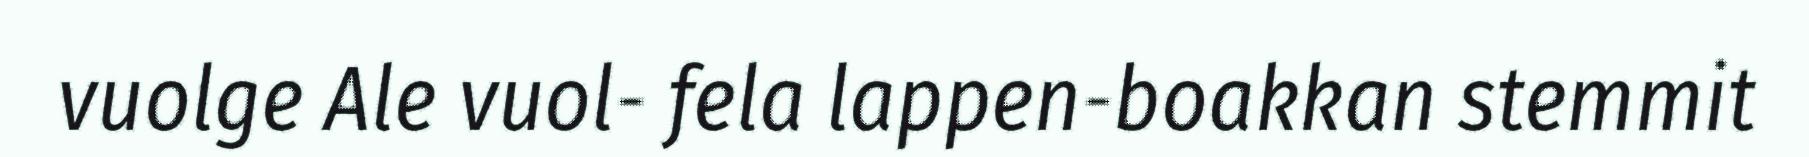
vuolge Ale vuol- fela lappen-boakkan stemmit